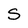
Character: S